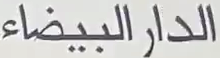
الدار البيضاء